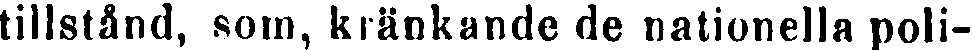
tillstånd, som, kränkande de nationella poli-